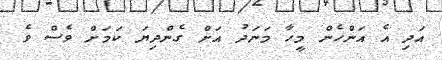
އަދި އެ އަންހެން މީހާ މަނަދު އަށް ގެންދިޔަ ކަމަށް ވެސް ވެ